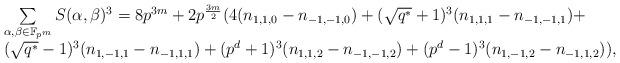
LaTeX: \begin{align*} \begin{array}{ll} & \sum\limits_{\alpha,\beta \in \mathbb{F}_{p^m}}S(\alpha,\beta)^3=8p^{3m}+2p^{\frac{3m}{2}}(4( n_{1,1,0}-n_{-1,-1,0})+(\sqrt{q^*}+1)^3(n_{1,1,1}-n_{-1,-1,1})+\\&(\sqrt{q^*}-1)^3(n_{1,-1,1}-n_{-1,1,1})+(p^d+1)^3(n_{1,1,2}-n_{-1,-1,2})+(p^d-1)^3(n_{1,-1,2}-n_{-1,1,2})) , \end{array}\end{align*}